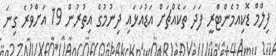
ފިލްމް ޑޮކިއުމެންޓްރީ ފަދަ ތަކެއްޗަށް އަޑުއަޅައި ދިނުމުގެ އިތުރުން 19 އަށްވުރެ ގިނަ